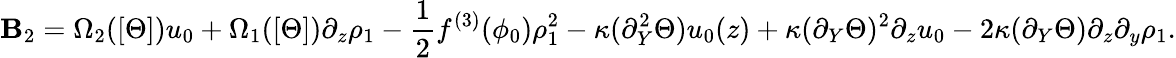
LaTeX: \mathbf{B}_{2}=\Omega_{2}([\Theta])u_{0}+\Omega_{1}([\Theta])\partial_{z}\rho_{1}-\frac{{1}}{{2}}f^{(3)}(\phi_{0})\rho_{1}^{2}-\kappa(\partial_{Y}^{2}\Theta)u_{0}(z)+\kappa(\partial_{Y}\Theta)^{2}\partial_{z}u_{0}-2\kappa(\partial_{Y}\Theta)\partial_{z}\partial_{y}\rho_{1}.